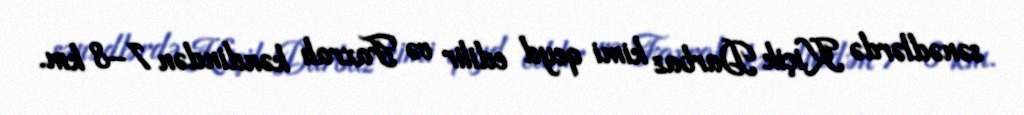
sənədlərdə Kiçik Darbaz kimi qeyd edilir və Faxralı kəndindən 7–8 km.